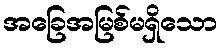
အခြေအမြစ်မရှိသော